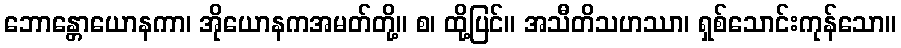
ဘောန္တောယောနကာ၊ အိုယောနကအမတ်တို့။ စ၊ ထို့ပြင်။ အသီတိသဟဿာ၊ ရှစ်သောင်းကုန်သော။